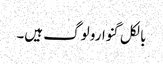
بالکل گنوارو لوگ ہیں۔